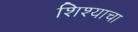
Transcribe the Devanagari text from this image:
शिश्याचा